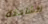
للشاحنة